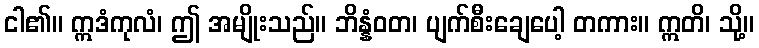
ငါ၏။ ဣဒံကုလံ၊ ဤ အမျိုးသည်။ ဘိန္နံဝတ၊ ပျက်စီးချေပေါ့ တကား။ ဣတိ၊ သို့။